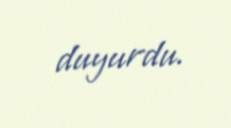
duyurdu.